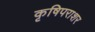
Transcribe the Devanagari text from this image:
कृषिपराशर